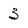
Character: 3